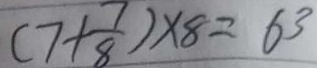
( 7 + \frac { 7 } { 8 } ) \times 8 = 6 3